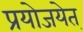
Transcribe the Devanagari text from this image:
प्रयोजयेत्